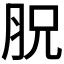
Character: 𦙿